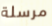
مرسلة